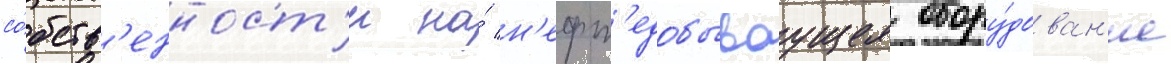
со́бств'енност'и на́ н'ефт'едобываущее обору́дован'ие